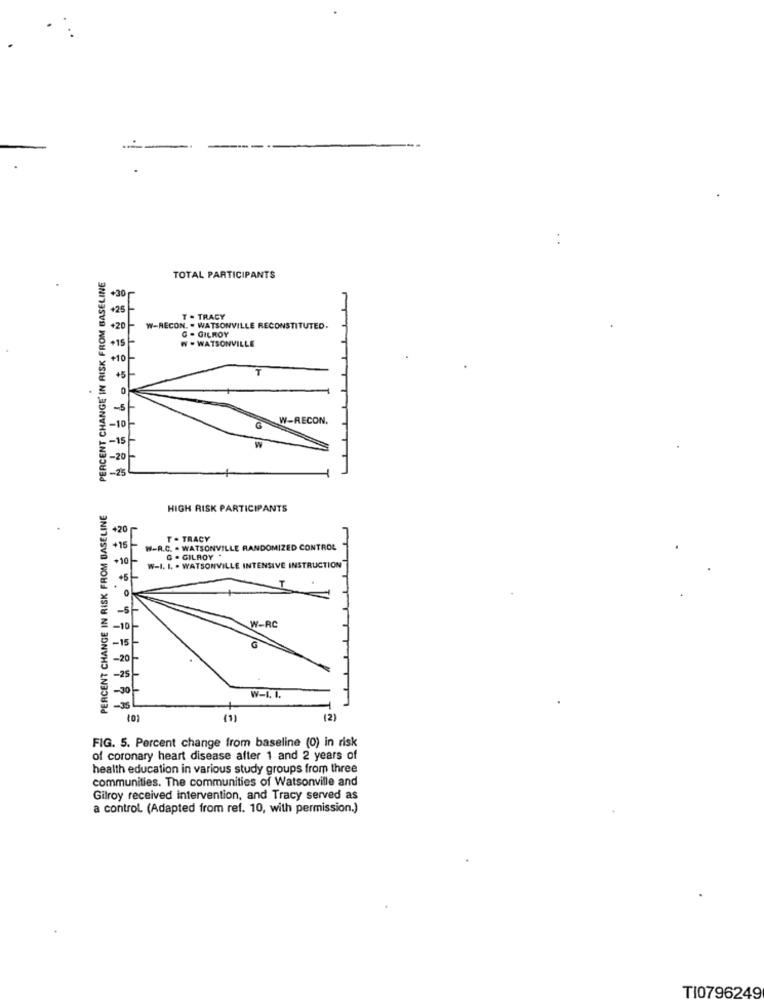
PERCENT CHANGE' IN RISK FROM BASELINE
TOTAL PARTICIPANTS
T . TRACY
+20-
W-RECON. . WATSONVILLE RECONSTITUTED.
G - GILROY
W - WATSONVILLE
10
T
W-RECON.
-10
PERCENT CHANGE IN RISK FROM BASELINE
HIGH RISK PARTICIPANTS
+20
T . TRACY
+15
W-R.C. - WATSONVILLE RANDOMIZED CONTROL
10
0 . GILROY .
W-I. L . WATSONVILLE INTENSIVE INSTRUCTION
+5=
T
-5
-10
W-RC
-15
-20
-25
W-I. I.
101
(1)
(2)
FIG. 5. Percent change from baseline (0) in risk
of coronary heart disease after 1 and 2 years of
health education in various study groups from three
communities. The communities of Watsonville and
Gilroy received intervention, and Tracy served as
a control. (Adapted from ref. 10, with permission.)
TI0796249